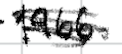
Text: 1966.
Cross-out: scratch
Writing tool: digital_black